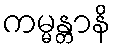
ကမ္မန္တာနိ